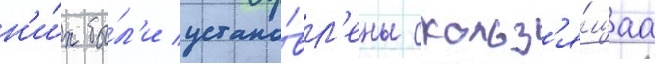
н'и́х бы́л'и устано́вл'ены скольз'я́щаа